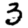
Digit: 3